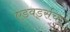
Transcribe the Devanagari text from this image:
एडवर्ड्सचा